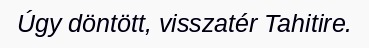
Úgy döntött, visszatér Tahitire.